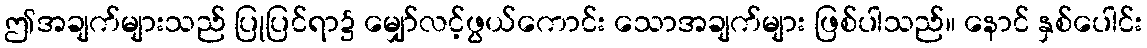
ဤအချက်များသည် ပြုပြင်ရာ၌ မျှော်လင့်ဖွယ်ကောင်း သောအချက်များ ဖြစ်ပါသည်။ နောင် နှစ်ပေါင်း